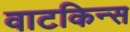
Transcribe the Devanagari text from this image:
वाटकिन्स